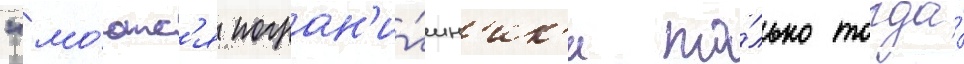
"мо́ютс'я погран'и́чн'ик'и то́лько тогда́